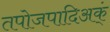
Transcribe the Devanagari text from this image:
तपोजपादिअक्ं